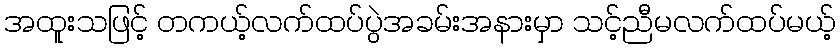
အထူးသဖြင့် တကယ့်လက်ထပ်ပွဲအခမ်းအနားမှာ သင့်ညီမလက်ထပ်မယ့်